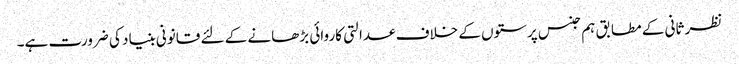
نظر ثانی کے مطابق ہم جنس پرستوں کے خلاف عدالتی کاروائی بڑھانے کے لئے قانونی بنیاد کی ضرورت ہے۔